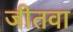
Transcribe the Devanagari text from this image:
जीतवा